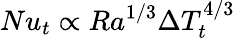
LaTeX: Nu_{t}\propto Ra^{1/3}\Delta T_{t}^{4/3}